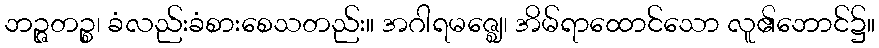
ဘဉ္ဇတဉ္စ၊ ခံလည်းခံစားစေသတည်း။ အဂါရမဇ္ဈေ၊ အိမ်ရာထောင်သော လူ၏ဘောင်၌။